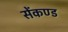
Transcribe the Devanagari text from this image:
सेंकण्ड